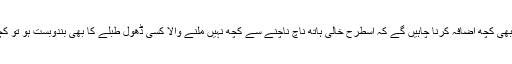
اِن کی مثال یہی ہے کہ ناچ میری بُلبل کہ کچھ نہ ملے گا اور ہم اور بھی کچھ اضافہ کرنا چاہیں گے کہ اسطرح خالی ہاتھ ناچ ناچنے سے کچھ نہیں ملنے والا کسی ڈھول طبلے کا بھی بندوبست ہو تو کچھ بات بنے کہ ہم کو بھی تو دیکھنے میں اور سننے میں مزہ تو آئے۔